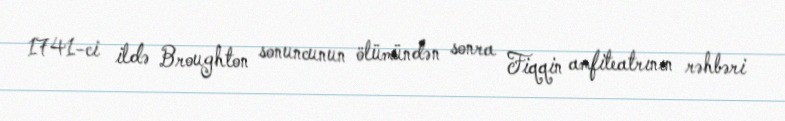
1741-ci ildə Broughton sonuncunun ölümündən sonra Fiqqin amfiteatrının rəhbəri